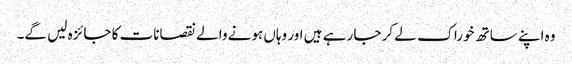
وہ اپنے ساتھ خوراک لے کر جا رہے ہیں اور وہاں ہونے والے نقصانات کا جائزہ لیں گے۔